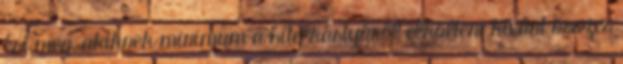
éri meg, akiknek minimum a hitelkártyáról elkölteni kívánt összes